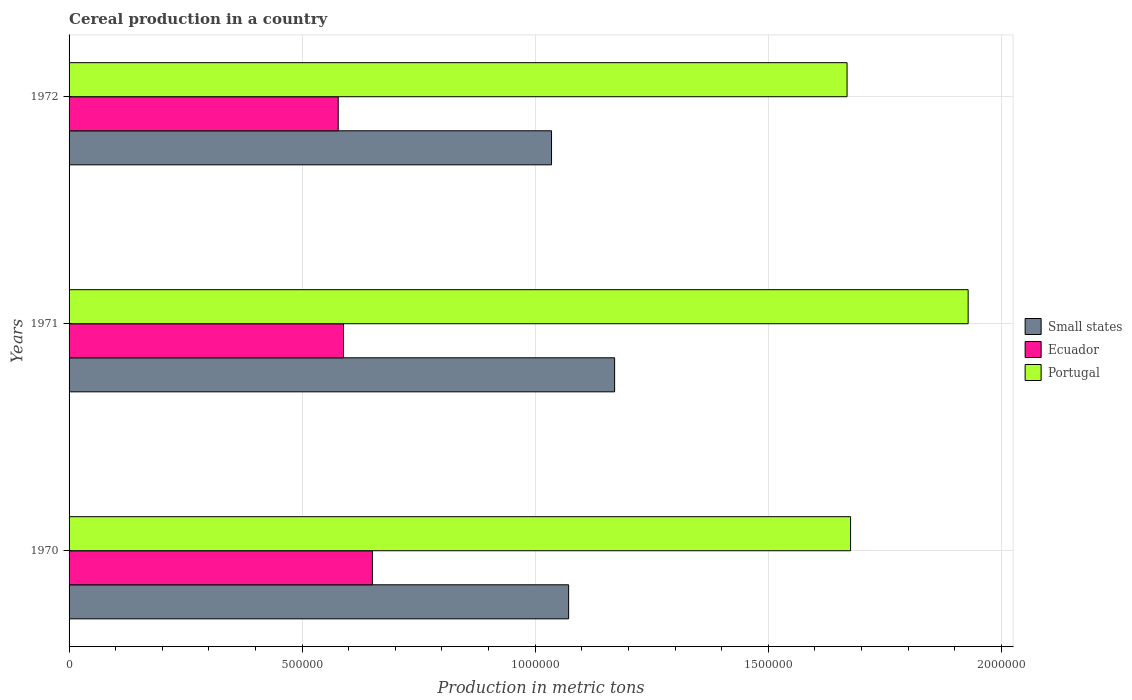
| Years | Small states | Ecuador | Portugal |
 | --- | --- | --- | --- |
 | 1970 | 1.07e+06 | 6.51e+05 | 1.68e+06 |
 | 1971 | 1.17e+06 | 5.89e+05 | 1.93e+06 |
 | 1972 | 1.04e+06 | 5.77e+05 | 1.67e+06 |